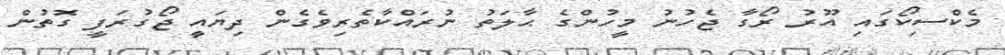
މެކްސިކޯގައި އޫރު ރޯގާ ޖެހުނު މީހުންގެ ޙާލަތު ނުރައްކާތެރިވެގެން ދިޔައީ ޖޯގުރަފީ ގޮތުން